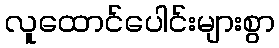
လူထောင်ပေါင်းများစွာ